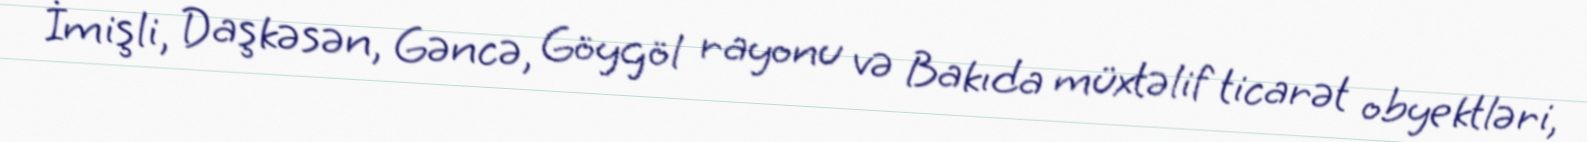
İmişli, Daşkəsən, Gəncə, Göygöl rayonu və Bakıda müxtəlif ticarət obyektləri,